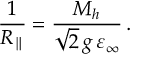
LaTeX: \frac { 1 } { R _ { \parallel } } = \frac { M _ { h } } { \sqrt { 2 } \, g \, \varepsilon _ { \infty } } \, .